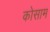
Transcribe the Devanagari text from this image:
कोसाम